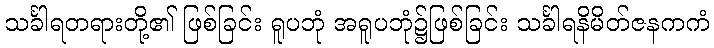
သင်္ခါရတရားတို့၏ ဖြစ်ခြင်း ရူပဘုံ အရူပဘုံ၌ဖြစ်ခြင်း သင်္ခါရနိမိတ်ဇနကကံ